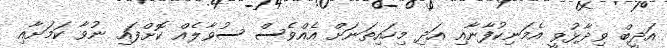
އަދީބް ވިދާޅުވީ އެމަނިކުފާނާއި އަދި މިހައިތަނަށް އެއްވެސް ސުވާލެއް ކޮށްފައި ނުވާ ކަމަށާއި